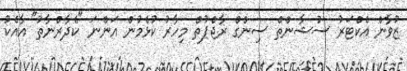
ޒުވާން އެކްޓަރު ސުޝާންތް ސިންގް ރާޖްޕުތް މިިހާރު ކުޅެމުން އަންނަ "ކެދާރްނާތު" އާއެކު